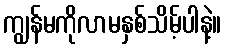
ကျွန်မကိုလာမနှစ်သိမ့်ပါနဲ့။